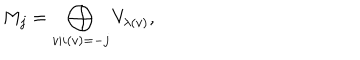
M _ { j } = \bigoplus _ { v | i ( v ) = - j } V _ { \lambda ( v ) } ,